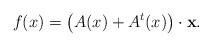
LaTeX: \begin{align*}f(x) = \left(A(x)+A^t(x)\right)\cdot \mathbf x.\end{align*}